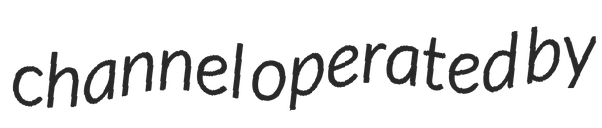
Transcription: channel operated by